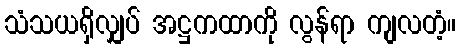
သံသယရှိလျှပ် အဋ္ဌကထာကို လွန်ရာ ကျလတံ့။